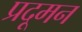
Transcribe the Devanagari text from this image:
प्रदूमन